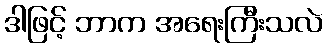
ဒါဖြင့် ဘာက အရေးကြီးသလဲ